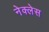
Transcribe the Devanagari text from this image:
नेक्लेस